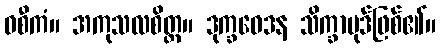
ဝစီကံ။ အကုသလစိတ္တ။ ဒုက္ခဝေဒန သိက္ခာပုဒ်ဖြစ်၏။